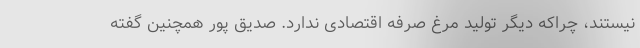
نیستند، چراکه دیگر تولید مرغ صرفه اقتصادی ندارد. صدیق پور همچنین گفته